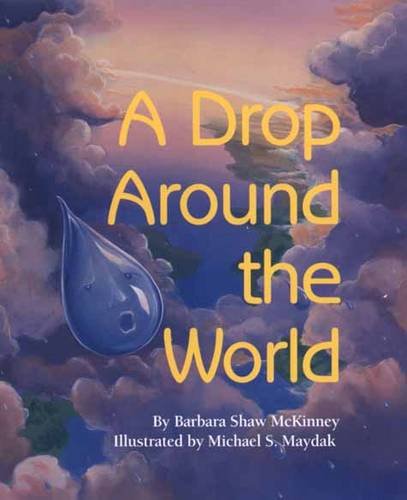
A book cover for A Drop Around the World; Barbara McKinney; Children's Books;